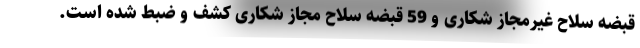
قبضه سلاح غیرمجاز شکاری و 59 قبضه سلاح مجاز شکاری کشف و ضبط شده است.